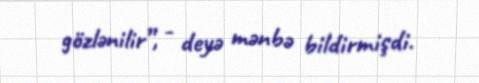
gözlənilir”, - deyə mənbə bildirmişdi.